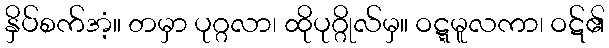
နှိပ်စက်အံ့။ တမှာ ပုဂ္ဂလာ၊ ထိုပုဂ္ဂိုလ်မှ။ ဝဋ္ဋမူလကာ၊ ဝဋ်၏